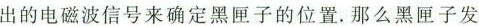
出的电磁波信号来确定黑匣子的位置。那么黑匣子发